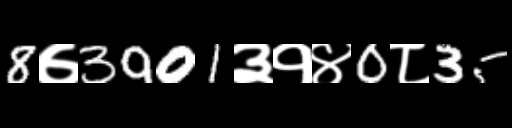
Text: 8७3901३१४0८35